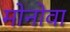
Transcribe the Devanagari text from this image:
मोनोवा